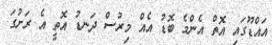
އައްޑޫގައި އޮތް އެންމެ ބޮޑު އެއް މިރުސް ދަނޑު އޮތީ އެ ރަށުގަ